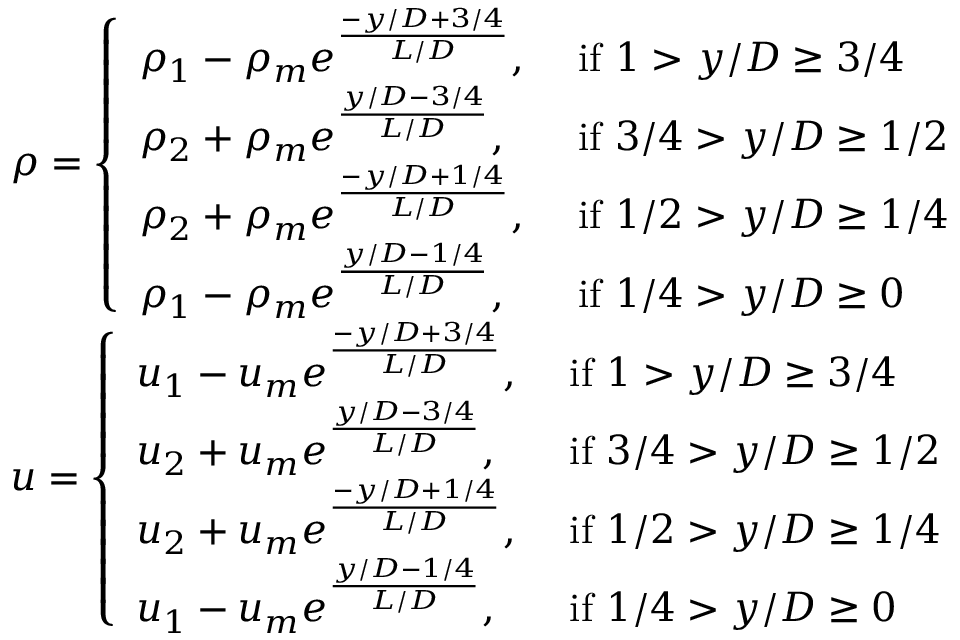
\begin{array} { r l } & { \rho = \left\{ \begin{array} { l l } { \rho _ { 1 } - \rho _ { m } e ^ { \frac { - y / D + 3 / 4 } { L / D } } , } & { \mathrm { ~ i f ~ } 1 > y / D \geq 3 / 4 } \\ { \rho _ { 2 } + \rho _ { m } e ^ { \frac { y / D - 3 / 4 } { L / D } } , } & { \mathrm { ~ i f ~ } 3 / 4 > y / D \geq 1 / 2 } \\ { \rho _ { 2 } + \rho _ { m } e ^ { \frac { - y / D + 1 / 4 } { L / D } } , } & { \mathrm { ~ i f ~ } 1 / 2 > y / D \geq 1 / 4 } \\ { \rho _ { 1 } - \rho _ { m } e ^ { \frac { y / D - 1 / 4 } { L / D } } , } & { \mathrm { ~ i f ~ } 1 / 4 > y / D \geq 0 } \end{array} \right. } \\ & { u = \left\{ \begin{array} { l l } { u _ { 1 } - u _ { m } e ^ { \frac { - y / D + 3 / 4 } { L / D } } , } & { \mathrm { ~ i f ~ } 1 > y / D \geq 3 / 4 } \\ { u _ { 2 } + u _ { m } e ^ { \frac { y / D - 3 / 4 } { L / D } } , } & { \mathrm { ~ i f ~ } 3 / 4 > y / D \geq 1 / 2 } \\ { u _ { 2 } + u _ { m } e ^ { \frac { - y / D + 1 / 4 } { L / D } } , } & { \mathrm { ~ i f ~ } 1 / 2 > y / D \geq 1 / 4 } \\ { u _ { 1 } - u _ { m } e ^ { \frac { y / D - 1 / 4 } { L / D } } , } & { \mathrm { ~ i f ~ } 1 / 4 > y / D \geq 0 } \end{array} \right. } \end{array}